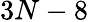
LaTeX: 3N-8